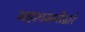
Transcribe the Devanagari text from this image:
महाधमनीद्वारे